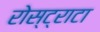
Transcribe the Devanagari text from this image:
रोस्ट्राटा